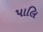
પાલિ